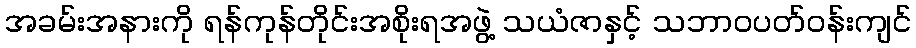
အခမ်းအနားကို ရန်ကုန်တိုင်းအစိုးရအဖွဲ့ သယံဇာနှင့် သဘာဝပတ်ဝန်းကျင်